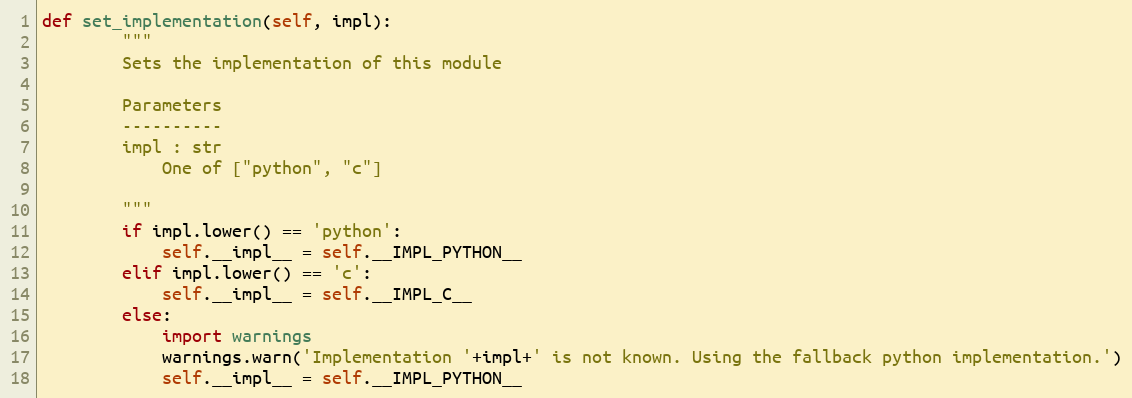
Language: Python
def set_implementation(self, impl):
        """
        Sets the implementation of this module

        Parameters
        ----------
        impl : str
            One of ["python", "c"]

        """
        if impl.lower() == 'python':
            self.__impl__ = self.__IMPL_PYTHON__
        elif impl.lower() == 'c':
            self.__impl__ = self.__IMPL_C__
        else:
            import warnings
            warnings.warn('Implementation '+impl+' is not known. Using the fallback python implementation.')
            self.__impl__ = self.__IMPL_PYTHON__